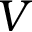
V